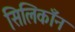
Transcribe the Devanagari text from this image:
सिलिकाँन